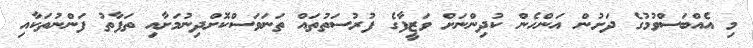
މި އެއްބަސްވުމުގެ ދަށުން އަންހެން ކުދިންނަށް ވަޒީފާގެ ފުރުސަތުތައް ތަނަވަސްކޮށްދިނުމަށާއި ތަފާތު ފަންނުތަކާއި